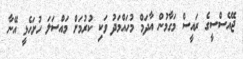
ޖޭއެސްސީގެ ރައީސް މަގާމުން އާދަމް މުހައްމަދު ވަކި ކުރުމަށް މައްސަލަ ހުށަހެޅީ އޭނާ